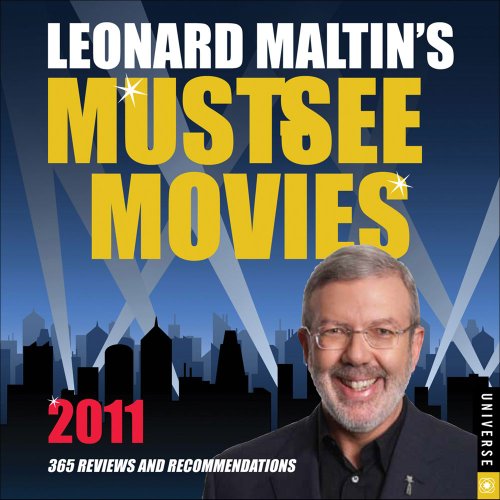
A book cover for Leonard Maltin's Must-See Movies: 2011 Day-to-Day Calendar; Leonard Maltin; Calendars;